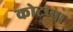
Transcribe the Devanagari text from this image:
कोटप्‍पा